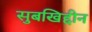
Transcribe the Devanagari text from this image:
सुबखिद्दीन